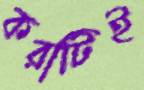
করাটিই